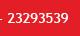
23293539